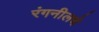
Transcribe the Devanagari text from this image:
रंगनीलचे